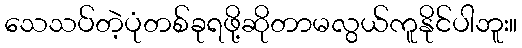
သေသပ်တဲ့ပုံတစ်ခုရဖို့ဆိုတာမလွယ်ကူနိုင်ပါဘူး။